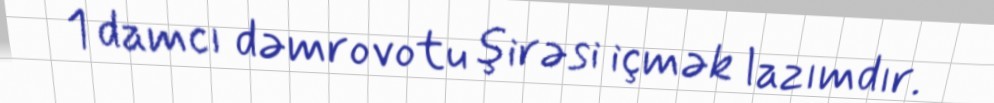
1 damcı dəmrovotu şirəsi içmək lazımdır.